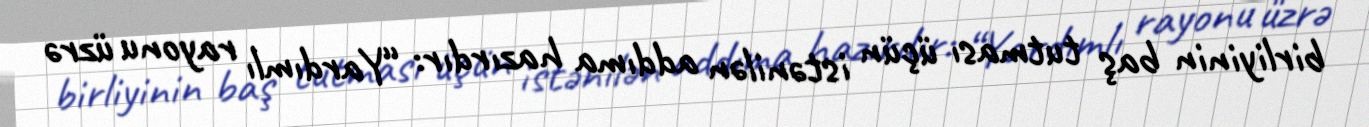
birliyinin baş tutması üçün istənilən addıma hazırdır: “Yardımlı rayonu üzrə